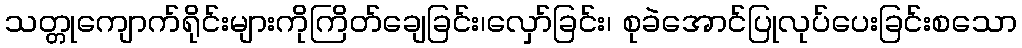
သတ္တုကျောက်ရိုင်းများကိုကြိတ်ချေခြင်း၊လှော်ခြင်း၊ စုခဲအောင်ပြုလုပ်ပေးခြင်းစသော